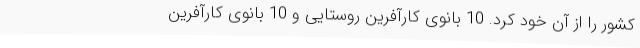
کشور را از آن خود کرد. 10 بانوی کارآفرین روستایی و 10 بانوی کارآفرین